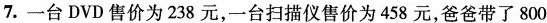
7.一台DVD售价为238元，一台扫描仪售价为458元，爸爸带了800